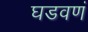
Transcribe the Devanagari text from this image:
घडवणं